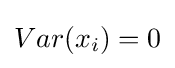
Var(x_{i})=0